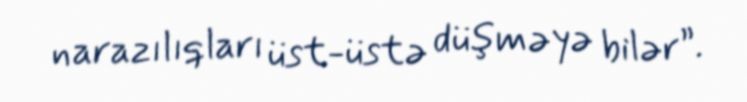
narazılıqları üst-üstə düşməyə bilər”.